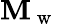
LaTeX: \mathbf{M}_{\mathrm{{~w~}}}